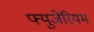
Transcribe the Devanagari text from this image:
फ्युजेरियम